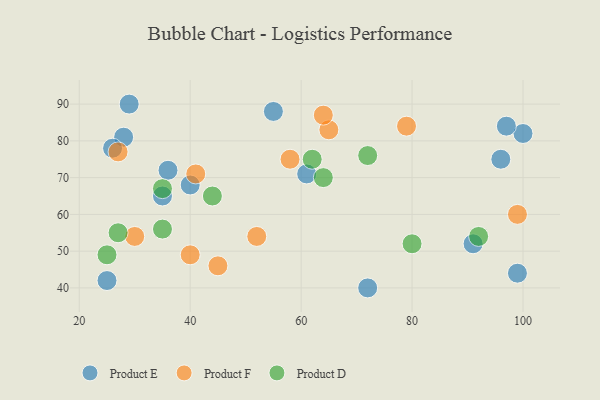
{"axis": {"x": "GDP", "y": "Life Expectancy"}, "legend": ["Product D", "Product E", "Product F"], "data": [{"x": "91", "y": 52, "type": "Product E"}, {"x": "40", "y": 68, "type": "Product E"}, {"x": "100", "y": 82, "type": "Product E"}, {"x": "29", "y": 90, "type": "Product E"}, {"x": "25", "y": 42, "type": "Product E"}, {"x": "28", "y": 81, "type": "Product E"}, {"x": "35", "y": 65, "type": "Product E"}, {"x": "26", "y": 78, "type": "Product E"}, {"x": "96", "y": 75, "type": "Product E"}, {"x": "99", "y": 44, "type": "Product E"}, {"x": "36", "y": 72, "type": "Product E"}, {"x": "61", "y": 71, "type": "Product E"}, {"x": "72", "y": 40, "type": "Product E"}, {"x": "97", "y": 84, "type": "Product E"}, {"x": "55", "y": 88, "type": "Product E"}, {"x": "52", "y": 54, "type": "Product F"}, {"x": "79", "y": 84, "type": "Product F"}, {"x": "65", "y": 83, "type": "Product F"}, {"x": "64", "y": 87, "type": "Product F"}, {"x": "40", "y": 49, "type": "Product F"}, {"x": "30", "y": 54, "type": "Product F"}, {"x": "41", "y": 71, "type": "Product F"}, {"x": "27", "y": 77, "type": "Product F"}, {"x": "58", "y": 75, "type": "Product F"}, {"x": "99", "y": 60, "type": "Product F"}, {"x": "45", "y": 46, "type": "Product F"}, {"x": "35", "y": 56, "type": "Product D"}, {"x": "62", "y": 75, "type": "Product D"}, {"x": "72", "y": 76, "type": "Product D"}, {"x": "80", "y": 52, "type": "Product D"}, {"x": "92", "y": 54, "type": "Product D"}, {"x": "35", "y": 67, "type": "Product D"}, {"x": "64", "y": 70, "type": "Product D"}, {"x": "27", "y": 55, "type": "Product D"}, {"x": "25", "y": 49, "type": "Product D"}, {"x": "44", "y": 65, "type": "Product D"}]}